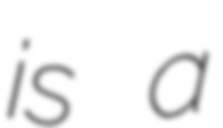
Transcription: is a